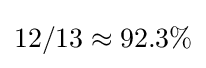
12/13\approx 92.3\%